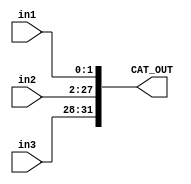
module Concatenate(
input	wire	[1:0] 	in1,
input 	wire	[25:0] 	in2,
input	wire	[3:0]	in3,
output	wire	[31:0]	CAT_OUT
);

assign CAT_OUT = {in3,in2,in1};

endmodule